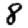
Digit: 8